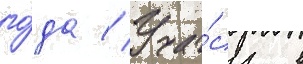
го́да // Уча́сь в